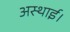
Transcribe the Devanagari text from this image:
अस्थाई।